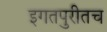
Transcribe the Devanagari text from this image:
इगतपुरीतच